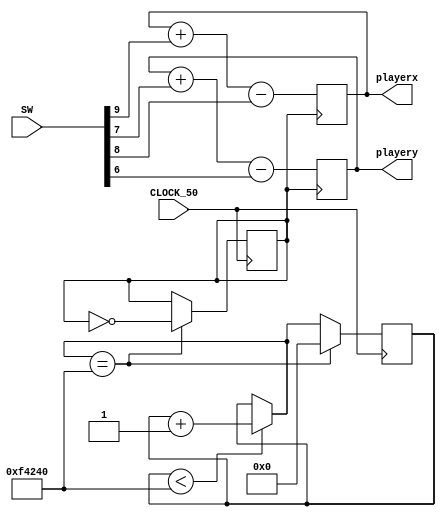
module VGAtest(
	CLOCK_50,
	SW,
	playerx,
	playery
);

input CLOCK_50;
input [9:0] SW;
output reg [7:0] playerx;
output reg [6:0] playery;

	//this is a simple test for the VGA,
	//it employs a simple movement scheme
	//using the switches.
	reg movementclock;
	reg [24:0] movementclockcounter;
	
	always @ (posedge movementclock)begin
		playerx = playerx + SW[9:9] - SW[8:8];
		playery = playery + SW[7:7] - SW[6:6];
	end
	
	always @ (posedge CLOCK_50)begin
		if(movementclockcounter < 1000000)begin
			movementclockcounter = movementclockcounter + 1;
		end
		if(movementclockcounter == 1000000)begin
			movementclock = !movementclock;
			movementclockcounter = 0;
		end
	end
	
endmodule